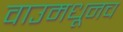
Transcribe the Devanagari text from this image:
वाउमधूनच